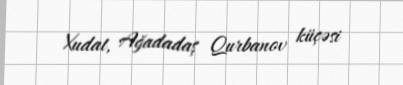
Xudat, Ağadadaş Qurbanov küçəsi